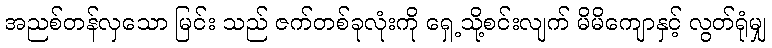
အညစ်တန်လှသော မြင်း သည် ဇက်တစ်ခုလုံးကို ရှေ့သို့စင်းလျက် မိမိကျောနှင့် လွတ်ရုံမျှ